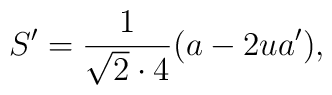
S'={1\over \sqrt2 \cdot4}(a-2ua'),